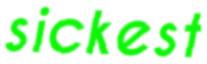
sickest